Leprosy in India: report of the Leprosy Commission in India, 1890-91
Year: 1890
Disease focus: Leprosy
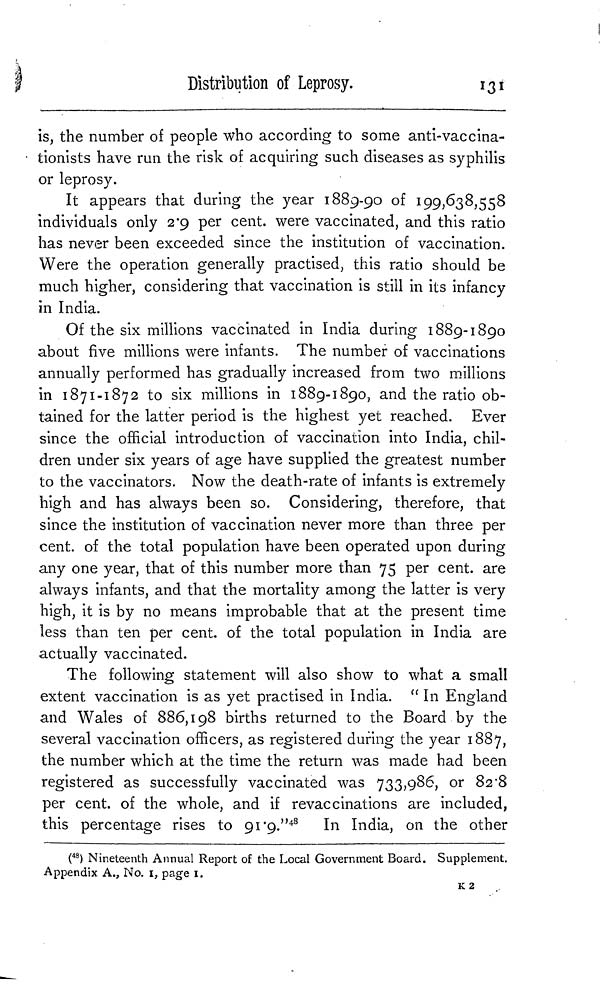
Distribution of Leprosy.
131
is, the number of people who according to some anti-vaccina-
tionists have run the risk of acquiring such diseases as syphilis
or leprosy.
It appears that during the year 1889-90 of 199,638,558
individuals only 2.9 per cent, were vaccinated, and this ratio
has never been exceeded since the institution of vaccination.
Were the operation generally practised, this ratio should be
much higher, considering that vaccination is still in its infancy
in India.
Of the six millions vaccinated in India during 1889-1890
about five millions were infants. The number of vaccinations
annually performed has gradually increased from two millions
in 1871-1872 to six millions in 1889-1890, and the ratio ob-
tained for the latter period is the highest yet reached. Ever
since the official introduction of vaccination into India, chil-
dren under six years of age have supplied the greatest number
to the vaccinators. Now the death-rate of infants is extremely
high and has always been so. Considering, therefore, that
since the institution of vaccination never more than three per
cent, of the total population have been operated upon during
any one year, that of this number more than 75 per cent, are
always infants, and that the mortality among the latter is very
high, it is by no means improbable that at the present time
less than ten per cent, of the total population in India are
actually vaccinated.
The following statement will also show to what a small
extent vaccination is as yet practised in India. "In England
and Wales of 886,198 births returned to the Board by the
several vaccination officers, as registered during the year 1887,
the number which at the time the return was made had been
registered as successfully vaccinated was 733,986, or 82.8
per cent. of the whole, and if revaccinations are included,
this percentage rises to 91.9 " 48 In India, on the other
( 48 ) Nineteenth Annual Report of the Local Government Board. Supplement.
Appendix A., No. 1, page 1..
K2